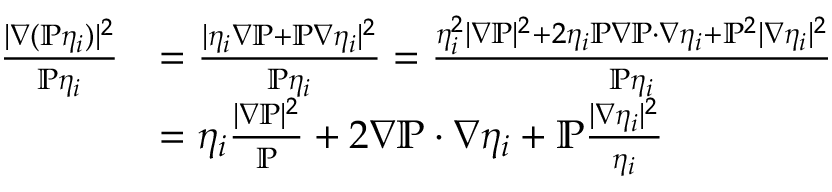
\begin{array} { r l } { \frac { | \nabla ( \mathbb { P } \eta _ { i } ) | ^ { 2 } } { \mathbb { P } \eta _ { i } } } & { = \frac { | \eta _ { i } \nabla \mathbb { P } + \mathbb { P } \nabla \eta _ { i } | ^ { 2 } } { \mathbb { P } \eta _ { i } } = \frac { \eta _ { i } ^ { 2 } | \nabla \mathbb { P } | ^ { 2 } + 2 \eta _ { i } \mathbb { P } \nabla \mathbb { P } \cdot \nabla \eta _ { i } + \mathbb { P } ^ { 2 } | \nabla \eta _ { i } | ^ { 2 } } { \mathbb { P } \eta _ { i } } } \\ & { = \eta _ { i } \frac { | \nabla \mathbb { P } | ^ { 2 } } { \mathbb { P } } + 2 \nabla \mathbb { P } \cdot \nabla \eta _ { i } + \mathbb { P } \frac { | \nabla \eta _ { i } | ^ { 2 } } { \eta _ { i } } } \end{array}